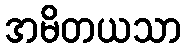
အမိတယသာ